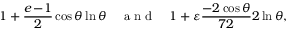
1 + \frac { e \! - \! 1 } { 2 } \cos \theta \ln \theta \quad \mathrm { ~ a ~ n ~ d ~ } \quad 1 + \varepsilon \frac { - 2 \cos \theta } { 7 2 } 2 \ln \theta ,